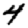
Digit: 4